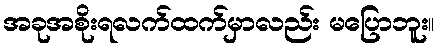
အခုအစိုးရလက်ထက်မှာလည်း မပြောဘူး။